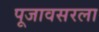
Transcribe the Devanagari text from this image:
पूजावसरला